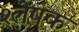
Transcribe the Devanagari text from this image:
श्लेषक